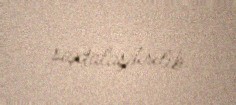
saxtalaşdırılıb.